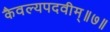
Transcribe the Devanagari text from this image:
कैवल्यपदवीम्॥७॥